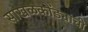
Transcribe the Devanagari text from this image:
साखळकोंड्याची